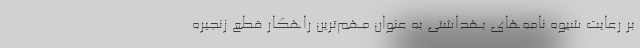
بر رعایت شیوه نامه‌های بهداشتی به عنوان مهم‌ترین راهکار قطع زنجیره